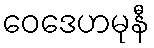
ဝေဒေဟမုနီ